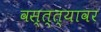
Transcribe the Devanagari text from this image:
वस्त्त्यावर